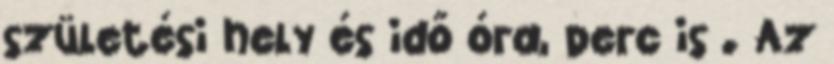
születési hely és idő óra, perc is . Az